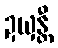
ဍယှန္တီ